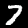
Label: 7